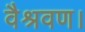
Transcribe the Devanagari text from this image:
वैश्रवण।